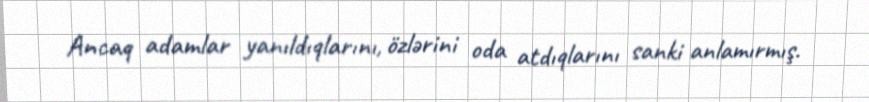
Ancaq adamlar yanıldıqlarını, özlərini oda atdıqlarını sanki anlamırmış.